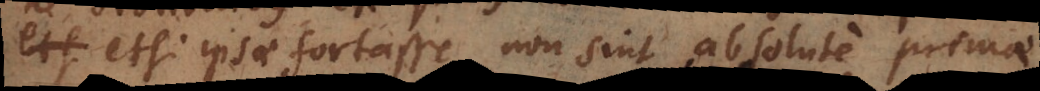
etsi ipsae fortasse non sint absolute primae